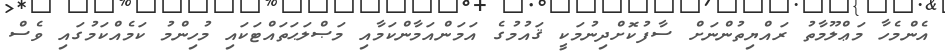
އެންމެހާ މަޢްލޫމާތު ރައްޔިތުންނަށް ސާފުކޮށްދިނުމަކީ ޤައުމުގެ އަމަންއަމާންކަމާއި މަޞްލަޙަތައްޓަކައި މުހިންމު ކަމެއްކަމުގައި ވެސް